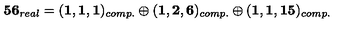
{ \bf 5 6 } _ { r e a l } = ( { \bf 1 , 1 , 1 } ) _ { c o m p . } \oplus ( { \bf 1 , 2 , 6 } ) _ { c o m p . } \oplus ( { \bf 1 , 1 , 1 5 } ) _ { c o m p . }